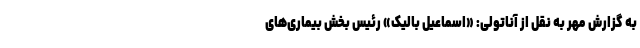
به گزارش مهر به نقل از آناتولی: «اسماعیل بالیک» رئیس بخش بیماری‌های